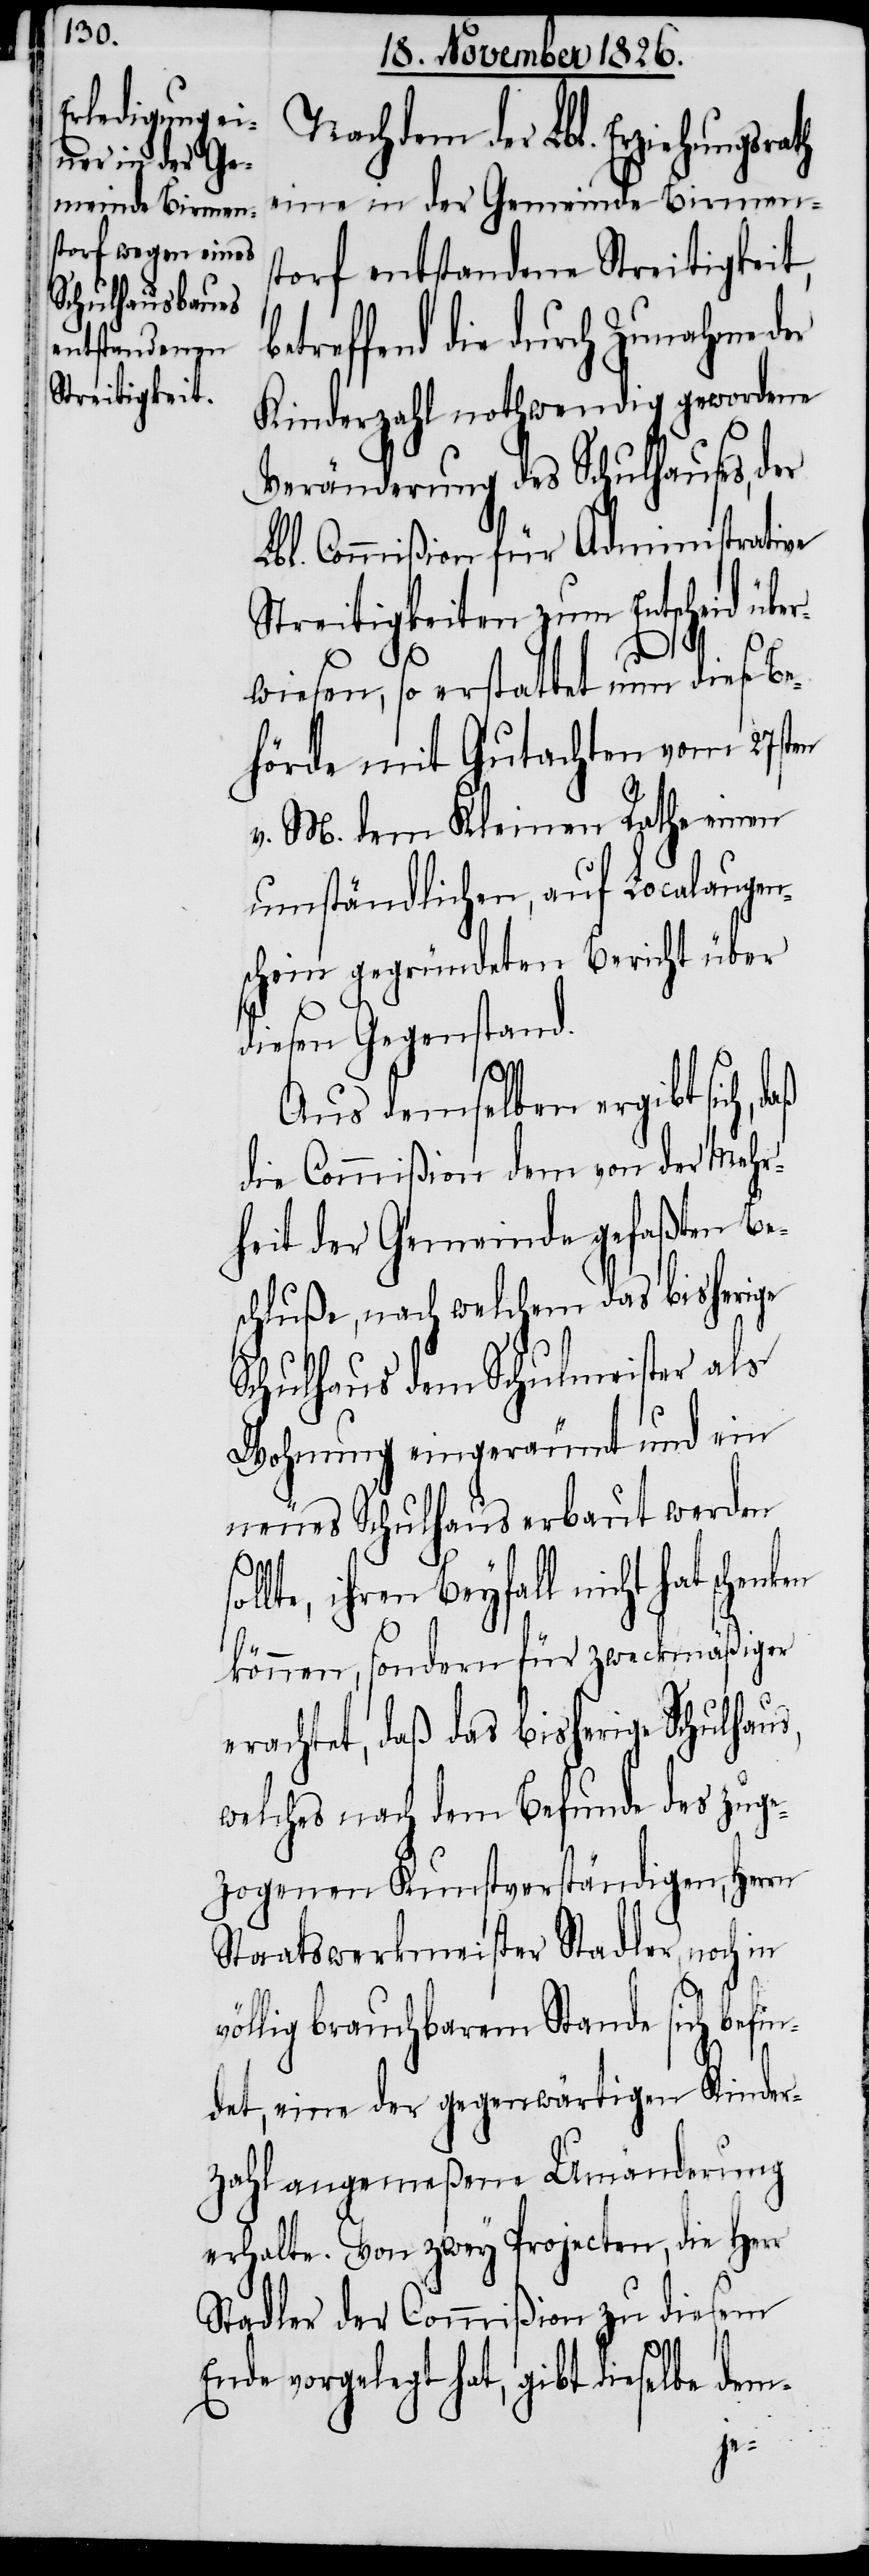
Nachdem der Lbl. Erziehungsra¬
eine in der Gemeinde Birmens¬
torf entstandene Streitigkeit,
treffend die durch Zunahme der
Kinderzahl nothwendig gewordene
Veränderung des Schulhauses, der
Lbl. Commißion für Administrative
Streitigkeiten zum Entscheid übe¬
rwiesen, so erstattet nun diese Be¬
hörde mit Gutachten vom 27sten
v. M. dem Kleinen Rathe einen
umständlichen, auf Localaugen¬
schein gegründeten Bericht über
diesen Gegenstand.
Aus demselben ergibt sich, d¬
die Commißion dem von der Mehr¬
heit der Gemeinde gefaßten Be¬
schluße, nach welchem das bisherige
Schulhaus dem Schulmeister als
Wohnung eingeräumt und ein
neues Schulhaus erbaut werden
lte, ihren Beyfall nicht hat schen¬
können, sondern für zweckmäßiger
erachtet, daß das bisherige Schulhaus,
welches nach dem Befunde des zuge¬
zogenen Kunstverständigen, Herrn
Staatswerkmeister Stadler, noch in
völlig brauchbarem Stande sich befin¬
aß
det, eine der gegenwärtigen Kinder¬
zahl angemeßene Umänderung
erhalte. Von zwey Projecten, die Herr
Stadler der Commißion zu diesem
Ende vorgelegt hat, gibt dieselbe dem-
ken